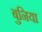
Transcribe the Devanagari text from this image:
बुनिया